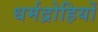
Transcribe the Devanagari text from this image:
धर्मद्रोहियों